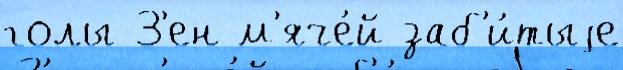
голы З'ен м'яче́й заб'и́тыjе